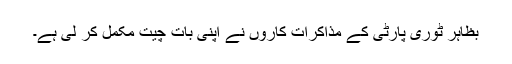
بظاہر ٹوری پارٹی کے مذاکرات کاروں نے اپنی بات چیت مکمل کر لی ہے۔